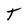
Character: T